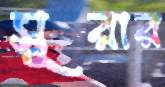
সূরার